Vaccine operations Central Provinces 1900-1911 - 1900-1911
Year: 1900
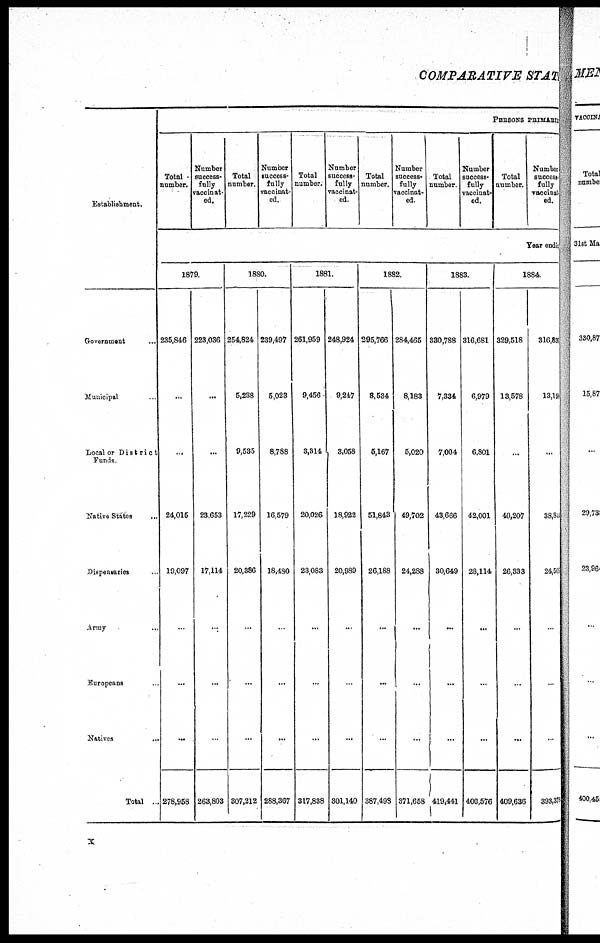
COMPARATIVE STATE
Establishment.
Government ...
Municipal
Local or District
Funds
Native States ...
Dispensaries
Array
Europeans
Natives
...
Total ...
PERSONS PRIMARY
Total
number.
Number
success¬
fully
vaccinat-
ed.
Total
number.
Number
success-
fully
vaccinat-
ed.
Total
number.
Number
success-
fully
vaccinat-
ed.
Total
number.
Number
success-
fully
vaccinat-
ed.
Total
number
Number
success-
fully
vaccinat-
ed.
Total
number.
Number
success
fully
vaccinat¬
ed.
Year ending
1879.
235,846
...
...
24,015
19,097
...
...
...
278,958
223,036
...
...
23,653
17,114
...
...
...
263,803
1880.
254,824
5,238
9,535
17,229
20,386
...
...
...
307,212
239,497
5,023
8,788
16,579
18,480
...
...
...
288,367
1881.
261,959
9,456
3,314
20,026
23,083
...
...
...
317,838
248,924
9,247
3,058
18,922
20,989
...
.
...
301,140
1882.
295,766
8,534
5,167
51,843
26,188
...
...
...
387,498
284,465
8,183
5,020
49,702
24,288
...
...
...
371,658
1883.
330,788
7,334
7,004
43,666
30,649
...
...
...
419,441
316,681
6,979
6,801
42,001
28,114
...
...
...
400,576
1884
329,518
18,578
...
40,207
26,333
...
..
...
409,636
316,834
13,194
...
38,849
24,508
...
...
...
393,378
x